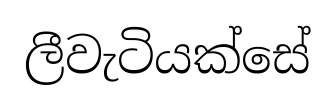
ලීවැටියක්සේ